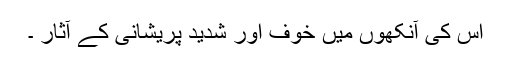
اس کی آنکھوں میں خوف اور شدید پریشانی کے آثار ۔